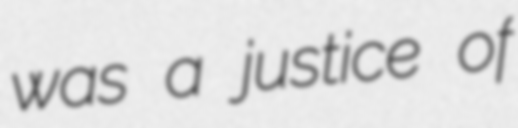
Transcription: was a justice of